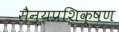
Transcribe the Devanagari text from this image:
सैन्यप्रशिक्षण